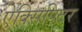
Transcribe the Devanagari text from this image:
ऐक्सिपिटर